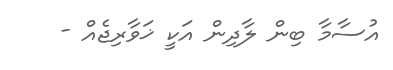
އުސާމާ ބިން ލާދިން އަކީ ޚަވާރިޖެއް -